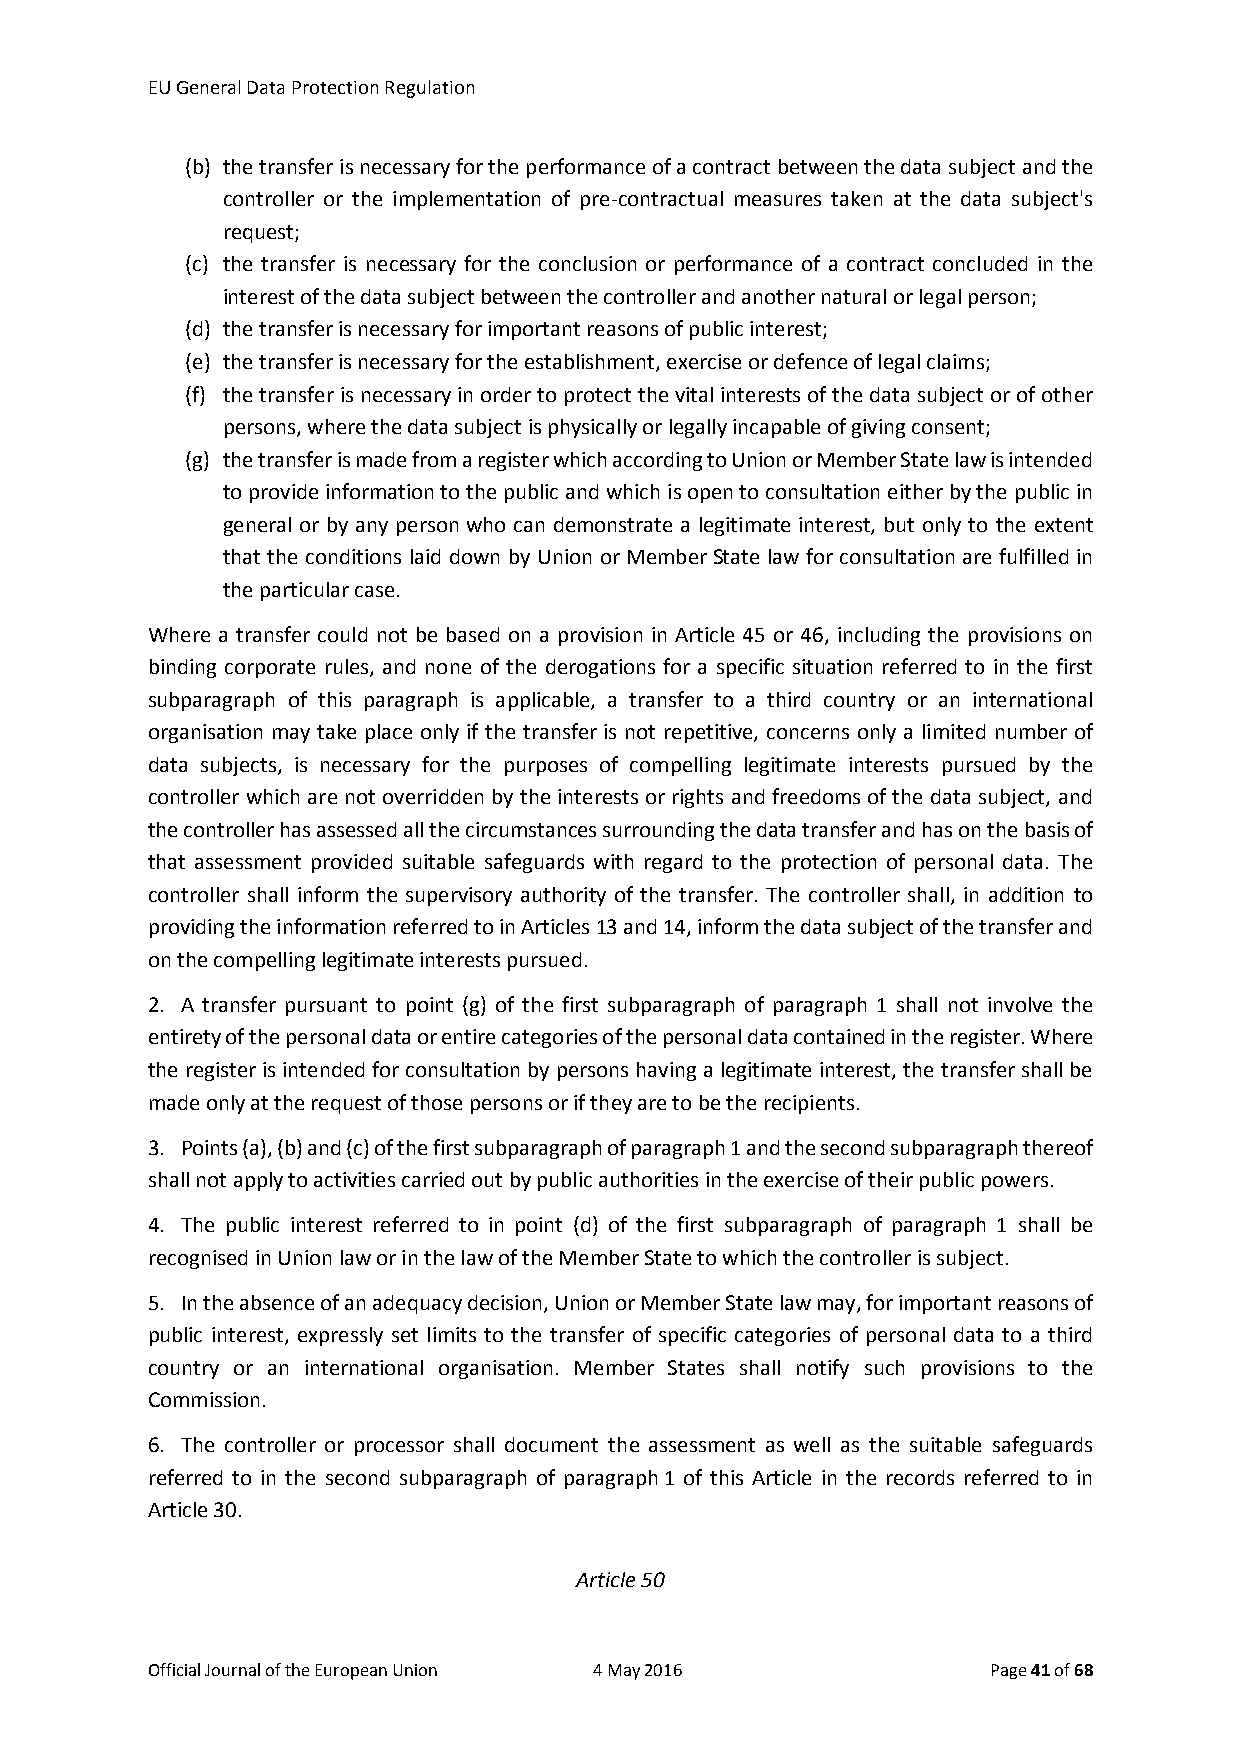
EU General Data Protection Regulation
 (b) the transfer is necessary for the performance of a contract between the data subject and the
 controller or the implementation of pre-contractual measures taken at the data subject's
 request;
 (c) the transfer is necessary for the conclusion or performance of a contract concluded in the
 interest of the data subject between the controller and another natural or legal person;
 (d) the transfer is necessary for important reasons of public interest;
 (e) the transfer is necessary for the establishment, exercise or defence of legal claims;
 (f) the transfer is necessary in order to protect the vital interests of the data subject or of other
 persons, where the data subject is physically or legally incapable of giving consent;
 (g) the transfer is made from a register which according to Union or Member State law is intended
 to provide information to the public and which is open to consultation either by the public in
 general or by any person who can demonstrate a legitimate interest, but only to the extent
 that the conditions laid down by Union or Member State law for consultation are fulfilled in
 the particular case.
 Where a transfer could not be based on a provision in Article 45 or 46, including the provisions on
 binding corporate rules, and none of the derogations for a specific situation referred to in the first
 subparagraph of this paragraph is applicable, a transfer to a third country or an international
 organisation may take place only if the transfer is not repetitive, concerns only a limited number of
 data subjects, is necessary for the purposes of compelling legitimate interests pursued by the
 controller which are not overridden by the interests or rights and freedoms of the data subject, and
 the controller has assessed all the circumstances surrounding the data transfer and has on the basis of
 that assessment provided suitable safeguards with regard to the protection of personal data. The
 controller shall inform the supervisory authority of the transfer. The controller shall, in addition to
 providing the information referred to in Articles 13 and 14, inform the data subject of the transfer and
 on the compelling legitimate interests pursued.
 2. A transfer pursuant to point (g) of the first subparagraph of paragraph 1 shall not involve the
 entirety of the personal data or entire categories of the personal data contained in the register. Where
 the register is intended for consultation by persons having a legitimate interest, the transfer shall be
 made only at the request of those persons or if they are to be the recipients.
 3. Points (a), (b) and (c) of the first subparagraph of paragraph 1 and the second subparagraph thereof
 shall not apply to activities carried out by public authorities in the exercise of their public powers.
 4. The public interest referred to in point (d) of the first subparagraph of paragraph 1 shall be
 recognised in Union law or in the law of the Member State to which the controller is subject.
 5. In the absence of an adequacy decision, Union or Member State law may, for important reasons of
 public interest, expressly set limits to the transfer of specific categories of personal data to a third
 country or an international organisation. Member States shall notify such provisions to the
 Commission.
 6. The controller or processor shall document the assessment as well as the suitable safeguards
 referred to in the second subparagraph of paragraph 1 of this Article in the records referred to in
 Article 30.
 Article 50
 Official Journal of the European Union 4 May 2016       Page 41 of 68